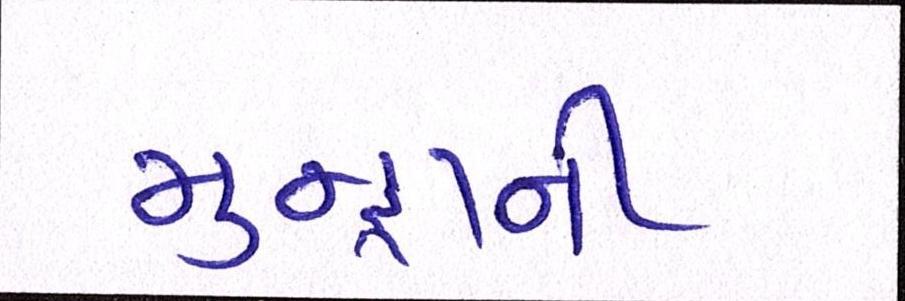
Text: મુન્દ્રાની